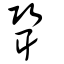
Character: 聓